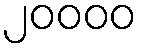
၂၀၀၀၀